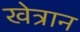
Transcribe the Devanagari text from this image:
खेत्रान